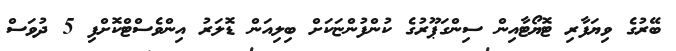
ބޭރުގެ ވިޔަފާރި ޓޮޔޯޓާއިން ސިންގަޕޫރުގެ ކުންފުންޏަކަށް ބިލިއަން ޑޮލަރު އިންވެސްޓްކޮށްފި 5 ދުވަސް